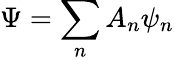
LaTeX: \displaystyle\Psi=\sum_{n}A_{n}\psi_{n}